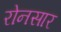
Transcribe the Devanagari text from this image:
रोनसार